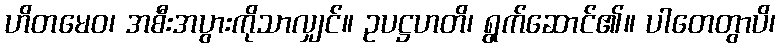
ဟိတမေဝ၊ အစီးအပွားကိုသာလျှင်။ ဥပဋ္ဌဟတိ၊ ရွက်ဆောင်၏။ ပါတေတွာပိ၊